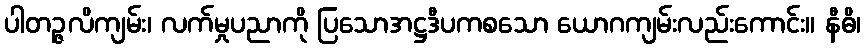
ပါတဉ္ဇလိကျမ်း၊ လက်မှုပညာကို ပြသောအဋ္ဌဒီပကစသော ယောဂကျမ်းလည်းကောင်း။ နီဓိ၊